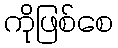
ကိုဖြစ်စေ